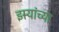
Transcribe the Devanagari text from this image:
झर्‍यांच्या